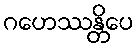
ဂဟေဿန္တိပေ